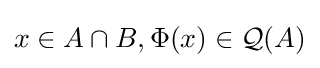
x\in A\cap B,\Phi (x)\in {\mathcal {Q}}(A)